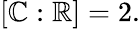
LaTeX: [\mathbb{C}:\mathbb{R}]=2.